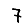
Digit: 7